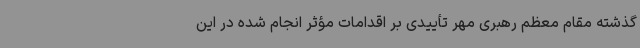
گذشته مقام معظم رهبری مهر تأییدی بر اقدامات مؤثر انجام شده در این